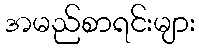
အမည်စာရင်းများ